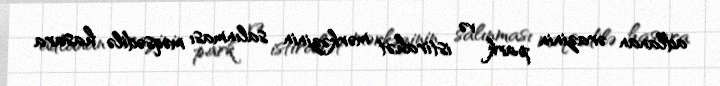
adlanan ərazinin park və istirahət mərkəzinin salınması məqsədilə hasara